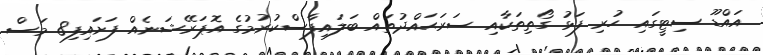
އައްޑޫ ސިޓީގައި ހުރި ފަޅު ގޯތިތަކާއި ސަރަަޙައްދުތައް ބަލައިފާސްކުރުމުގެ އޮޕަރޭޝަނެއް ފަށައިފި8 މަސް